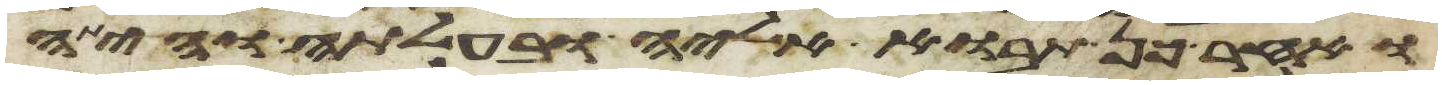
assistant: ואחר כן תבוא אליה ובעלתה והיתה